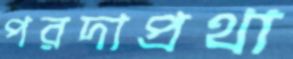
পরদাপ্রথা